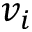
v _ { i }